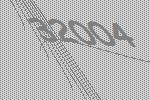
32004